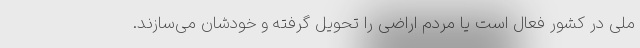
ملی در کشور فعال است یا مردم اراضی را تحویل گرفته و خودشان می‌سازند.